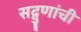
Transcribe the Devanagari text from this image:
सद्गुणांची